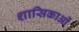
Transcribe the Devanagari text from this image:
शासिकाओं